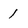
Character: 1